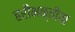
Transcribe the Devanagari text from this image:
हरीभक्तीचा